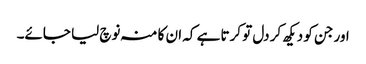
اور جن کو دیکھ کر دل تو کرتا ہے کہ ان کا منہ نوچ لیا جائے۔